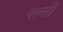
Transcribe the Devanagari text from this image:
पल्सी